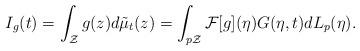
LaTeX: \begin{align*}I_{g}(t)=\int_{\mathcal Z} g(z) d\tilde{\mu}_{t}(z)=\int_{p \mathcal Z}\mathcal F[g](\eta)G(\eta,t)dL_{p}(\eta).\end{align*}